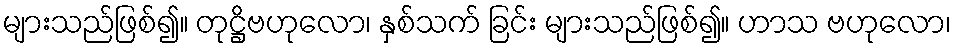
များသည်ဖြစ်၍။ တုဋ္ဌိဗဟုလော၊ နှစ်သက် ခြင်း များသည်ဖြစ်၍။ ဟာသ ဗဟုလော၊